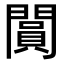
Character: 𨶎